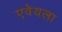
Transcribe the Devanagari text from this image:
एवेयला